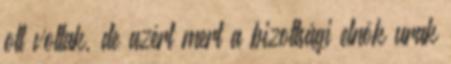
ott voltak, de azért mert a bizottsági elnök urak